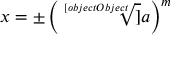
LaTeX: x = \pm \left( { \sqrt [ [object Object] ] { a } } \right) ^ { m }